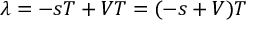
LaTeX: \lambda = - s T + V T = ( - s + V ) T